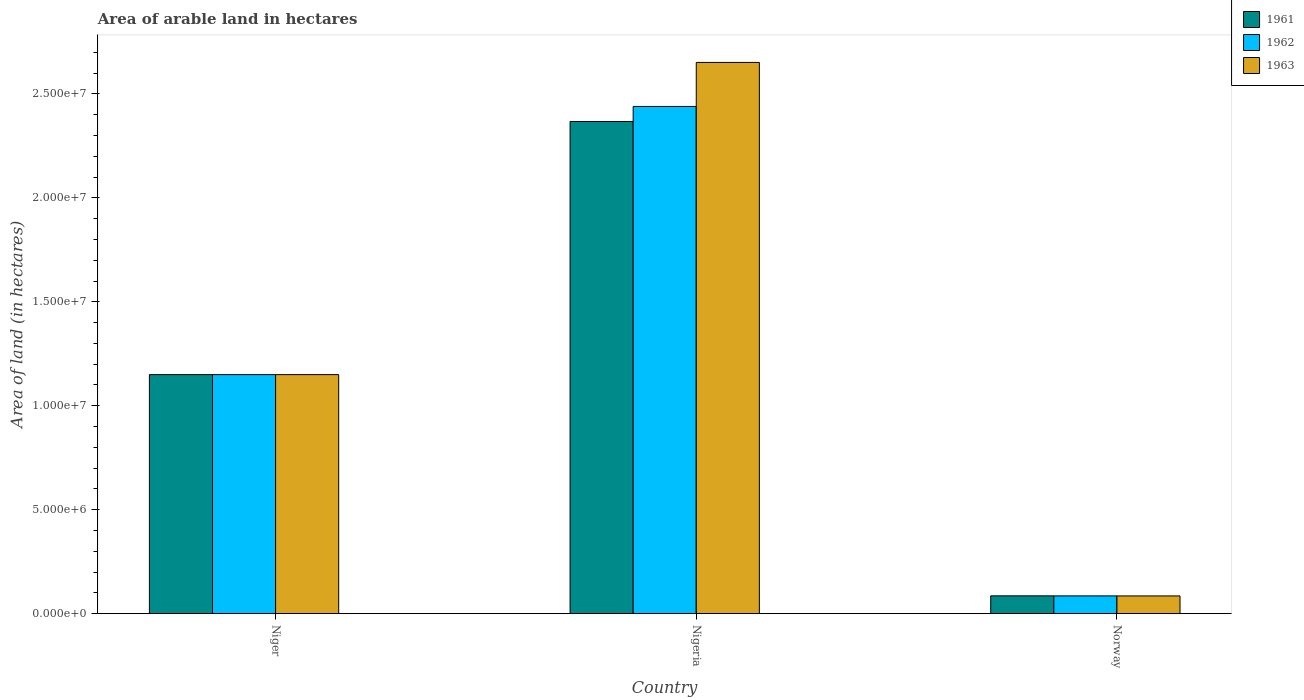
| Country | 1961 | 1962 | 1963 |
 | --- | --- | --- | --- |
 | Niger | 1.15e+07 | 1.15e+07 | 1.15e+07 |
 | Nigeria | 2.37e+07 | 2.44e+07 | 2.65e+07 |
 | Norway | 8.56e+05 | 8.54e+05 | 8.52e+05 |